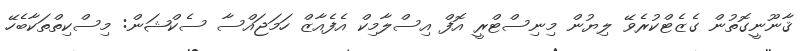
ޤާނޫނީގޮތުން ގެޒެޓްކުރެވޭ ލިޔުން މިނިސްޓްރީ އޮފް އިސްލާމިކް އެފެއާޒް ހަމަޖައްސާ ސެކްޝަން: މިސްކިތްތަކާބެހޭ